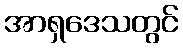
အာရှဒေသတွင်